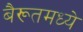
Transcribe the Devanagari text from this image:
बैरूतमध्ये